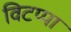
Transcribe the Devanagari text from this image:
विटप्पा